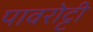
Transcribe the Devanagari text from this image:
पावरोट्टी